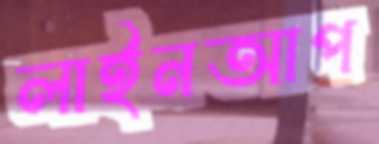
লাইনআপ